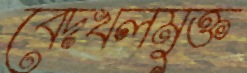
বেদখলমুক্ত